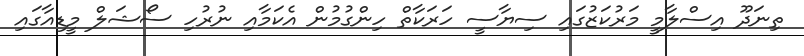
ތިނަދޫ އިސްލާމީ މަރުކަޒުގައި ސިޔާސީ ހަރަކާތް ހިންގުމުން އެކަމާއި ނުރުހި ސޯޝަލް މީޑިއާގައި